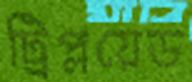
ট্রিপ্লয়েড